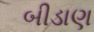
બીડાણ